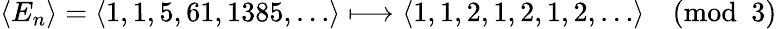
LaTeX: \langle E_{n}\rangle=\langle 1,1,5,61,1385,\ldots\rangle\longmapsto\langle 1,1,2,1,2,1,2,\ldots\rangle{\pmod{3}}